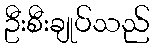
ဦးစီးချုပ်သည်